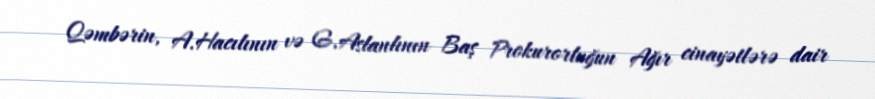
Qəmbərin, A.Hacılının və G.Aslanlının Baş Prokurorluğun Ağır cinayətlərə dair